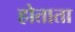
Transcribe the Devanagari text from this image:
होताता